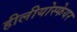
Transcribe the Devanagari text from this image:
हीलीयोस्फेयर